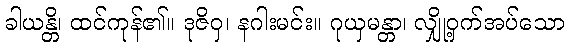
ခါယန္တိ၊ ထင်ကုန်၏။ ဒုဇိဝှ၊ နဂါးမင်း။ ဂုယှမန္တာ၊ လျှို့ဝှက်အပ်သော